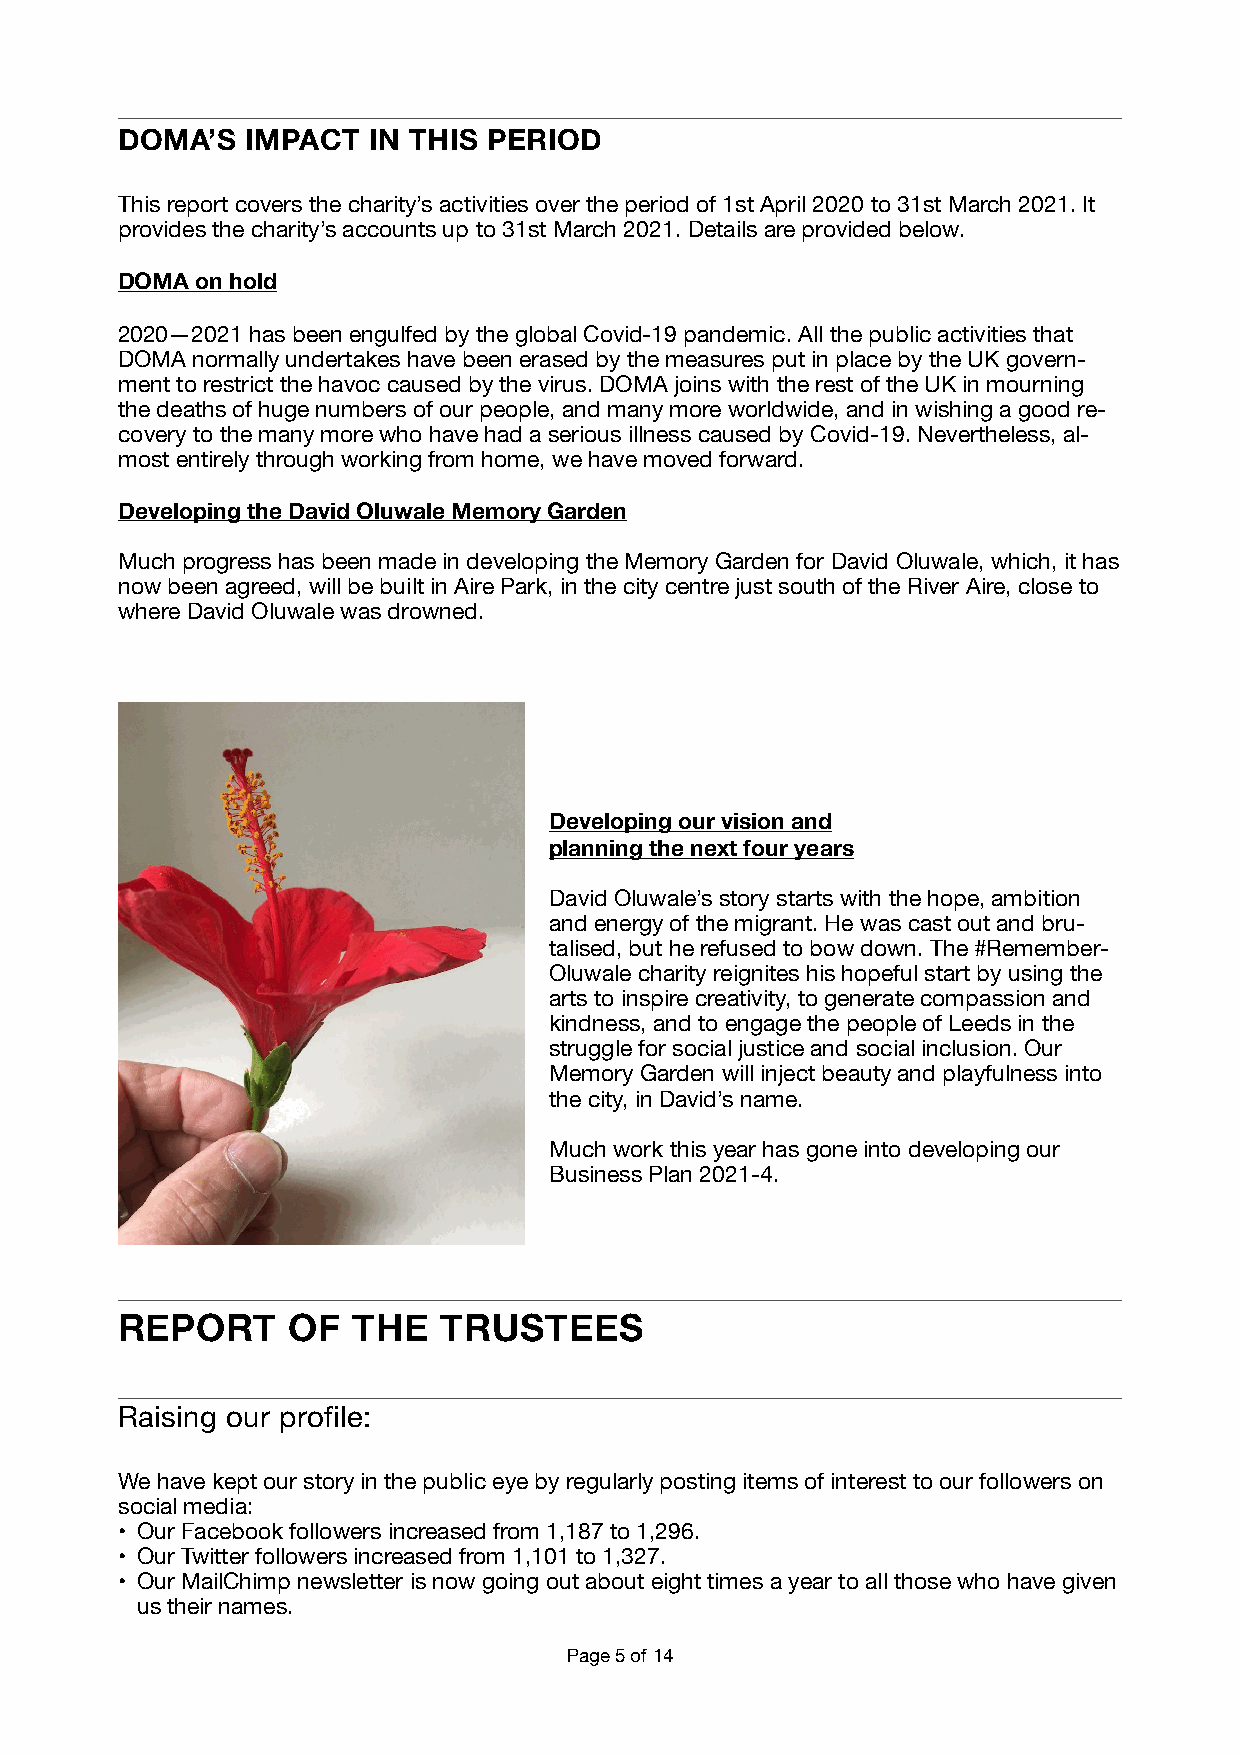
DOMA’S  IMPACT  IN THIS PERIOD
 This report covers the charity’s activities over the period of 1st April 2020 to 31st March 2021. It
 provides the charity’s accounts up to 31st March 2021. Details are provided below.
 DOMA on hold
 2020—2021 has been engulfed by the global Covid-19 pandemic. All the public activities that
 DOMA normally undertakes have been erased by the measures put in place by the UK govern-
 ment to restrict the havoc caused by the virus. DOMA joins with the rest of the UK in mourning
 the deaths of huge numbers of our people, and many more worldwide, and in wishing a good re-
 covery to the many more who have had a serious illness caused by Covid-19. Nevertheless, al-
 most entirely through working from home, we have moved forward.
 Developing the David Oluwale Memory Garden
 Much progress has been made in developing the Memory Garden for David Oluwale, which, it has
 now been agreed, will be built in Aire Park, in the city centre just south of the River Aire, close to
 where David Oluwale was drowned.
 Developing our vision and
 planning the next four years
 David Oluwale’s story starts with the hope, ambition
 and energy of the migrant. He was cast out and bru-
 talised, but he refused to bow down. The #Remember-
 Oluwale charity reignites his hopeful start by using the
 arts to inspire creativity, to generate compassion and
 kindness, and to engage the people of Leeds in the
 struggle for social justice and social inclusion. Our
 Memory Garden will inject beauty and playfulness into
 the city, in David’s name.
 Much work this year has gone into developing our
 Business Plan 2021-4.
 REPORT     OF  THE   TRUSTEES
 Raising our profile:
 We have kept our story in the public eye by regularly posting items of interest to our followers on
 social media:
 • Our Facebook followers increased from 1,187 to 1,296.
 • Our Twitter followers increased from 1,101 to 1,327.
 • Our MailChimp newsletter is now going out about eight times a year to all those who have given
 us their names.
 Page 5 of 14